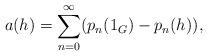
LaTeX: \begin{align*}a(h)=\sum_{n=0}^\infty (p_n(1_G)-p_n(h)) ,\end{align*}